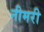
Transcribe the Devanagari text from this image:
नीमरी